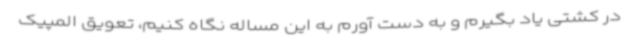
در کشتی یاد بگیرم و به دست آورم به این مساله نگاه کنیم، تعویق المپیک